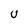
Character: U